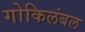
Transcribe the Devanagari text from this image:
गोकिलंबल